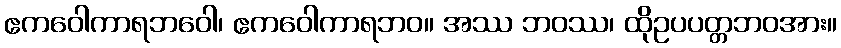
ဧကဝေါကာရဘဝေါ၊ ဧကဝေါကာရဘဝ။ အဿ ဘဝဿ၊ ထိုဥပပတ္တဘဝအား။